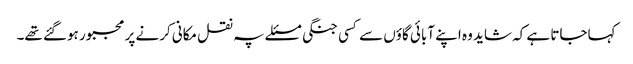
کہاجاتا ہے کہ شاید وہ اپنے آبائی گاؤں سے کسی جنگی مسئلے پہ نقل مکانی کرنے پر مجبور ہوگئے تھے۔